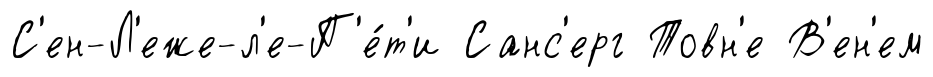
С'ен-Л'еже-л'е-П'е́т'и Санс'ерг Товн'е В'ен'ем